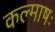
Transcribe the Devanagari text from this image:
कल्माषः